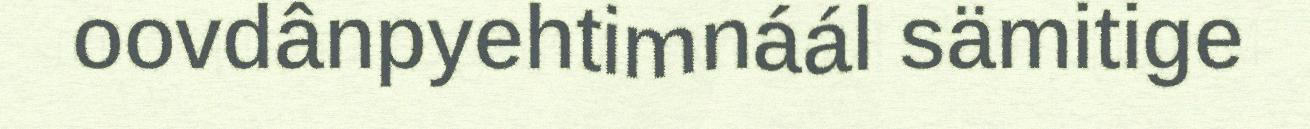
oovdânpyehtimnáál sämitige